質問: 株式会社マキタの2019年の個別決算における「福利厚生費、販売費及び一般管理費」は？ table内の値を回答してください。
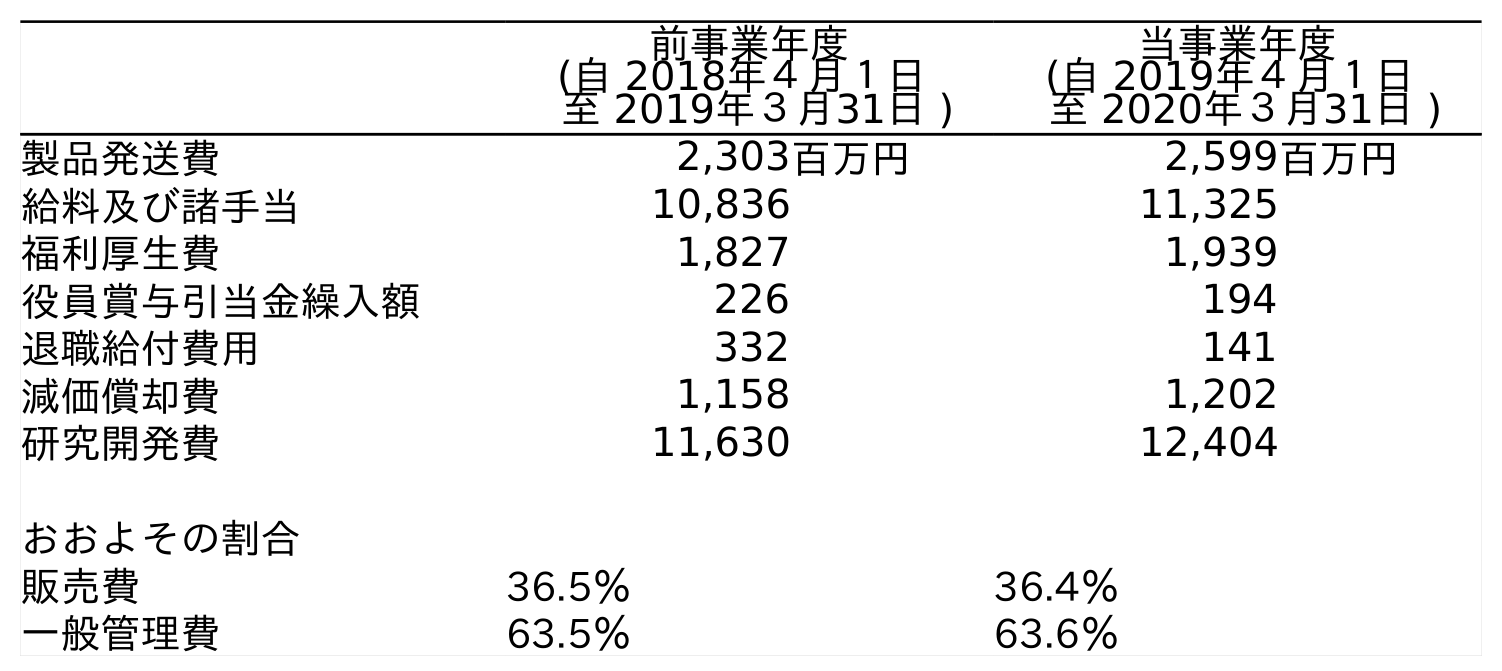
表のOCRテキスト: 前事業年度 (自 2018年４月１日 至 2019年３月31日 ) 当事業年度 (自 2019年４月１日 至 2020年３月31日 ) 製品発送費 2,303百万円 2,599百万円 給料及び諸手当 10,836 11,325 福利厚生費 1,827 1,939 役員賞与引当金繰入額 226 194 退職給付費用 332 141 減価償却費 1,158 1,202 研究開発費 11,630 12,404 おおよその割合 販売費 36.5％ 36.4％ 一般管理費 63.5％ 63.6％
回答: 1,827